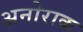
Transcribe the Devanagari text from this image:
अनोराक